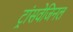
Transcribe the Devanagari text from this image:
ट्रांसवेजिनल